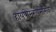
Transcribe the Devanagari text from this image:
हायपोग्लायसेमिक